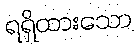
ရရှိထားသော